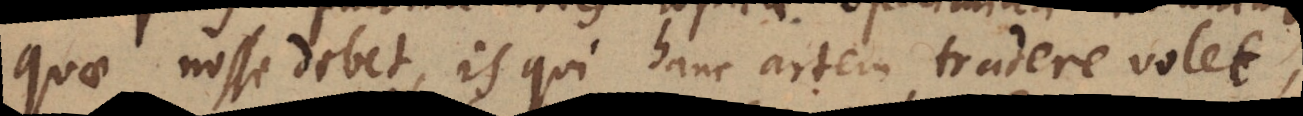
quae nosse debet, is qui hanc artem tradere volet,